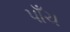
પાઁચ